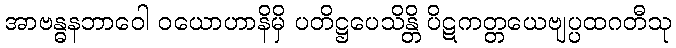
အာဗန္ဓနဘာဝေါ ဝယောဟာနိမှိ ပတိဋ္ဌပေသိန္တိ ပိဋကတ္တယေဗျပ္ပထဂတီသု